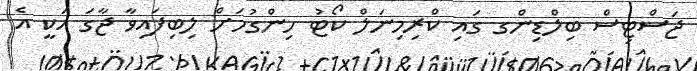
ޖަސްޓިސް ބިލްޑިންގ ގައި ކްރިމިނަލް ކޯޓު ހިންގުމަށް ލިބިފައިވާ ޖާގަ އަކީ އެ